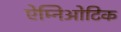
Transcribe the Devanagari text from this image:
ऐम्निओटिक